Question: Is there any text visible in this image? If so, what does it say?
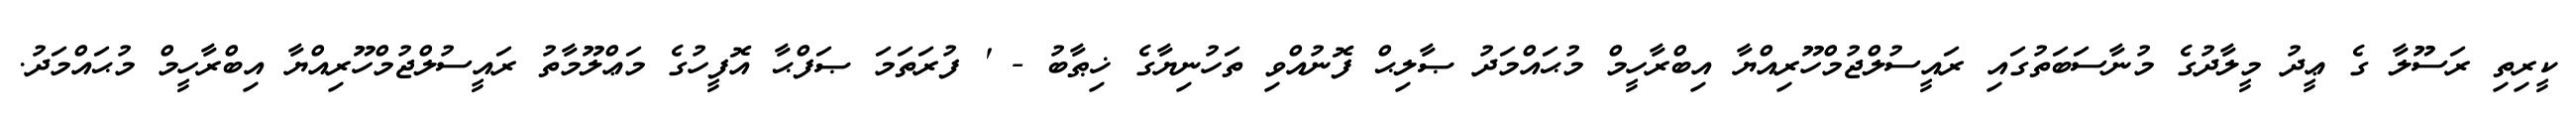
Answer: ކީރިތި ރަސޫލާ ގެ ޢީދު މީލާދުގެ މުނާސަބަތުގައި ރައީސުލްޖުމްހޫރިއްޔާ އިބްރާހީމް މުޙައްމަދު ޞާލިޙް ފޮނުއްވި ތަހުނިޔާގެ ޚިޠާބު - ' ފުރަތަމަ ޞަފްޙާ އޮފީހުގެ މަޢްލޫމާތު ރައީސުލްޖުމްހޫރިއްޔާ އިބްރާހީމް މުޙައްމަދު.